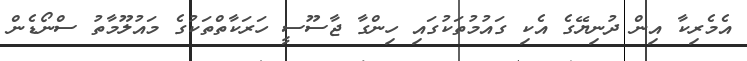
އެމެރިކާ އިން ދުނިޔޭގެ އެކި ގައުމުތަކުގައި ހިންގާ ޖާސޫސީ ހަރަކާތްތަކުގެ މައުލޫމާތު ސްނޯޑެން